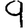
Digit: 9